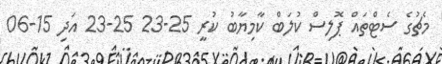
މެޗުގެ ސެޓްތައް ޕޮލިސް ކުލަބް ކާމިޔާބު ކުރީ 25-23 25-23 އަދި 15-06